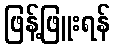
ဖြန့်ဖြူးရန်